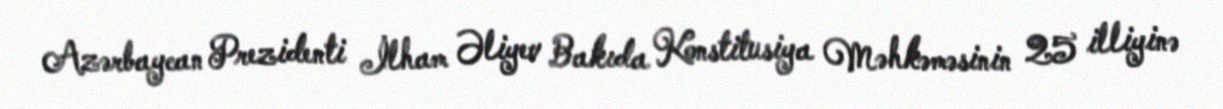
Azərbaycan Prezidenti İlham Əliyev Bakıda Konstitusiya Məhkəməsinin 25 illiyinə